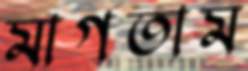
মাগতাম